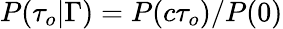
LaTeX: P(\tau_{o}\vert\Gamma)=P(c\tau_{o})/P(0)